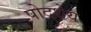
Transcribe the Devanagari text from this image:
पोदथेय